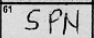
Transcription: SPN